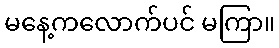
မနေ့ကလောက်ပင် မကြာ။